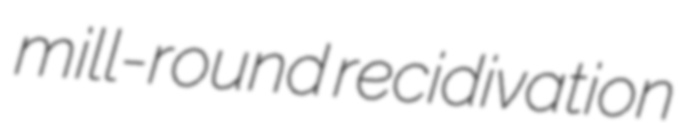
mill-round recidivation